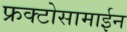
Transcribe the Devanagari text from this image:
फ्रक्टोसामाईन